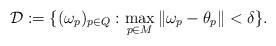
LaTeX: \begin{align*}\mathcal{D} :=\{(\omega_p)_{p\in Q}:\max_{p\in M}\Vert\omega_p-\theta_p\Vert<\delta\}.\end{align*}